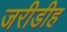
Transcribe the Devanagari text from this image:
जरीडीह